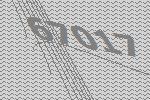
67017